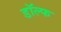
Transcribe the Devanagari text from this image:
डॉल्फ